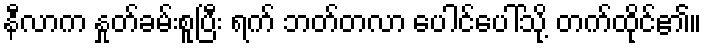
နီလာက နှုတ်ခမ်းစူပြီး ရက် ဘတ်တလာ ပေါင်ပေါ်သို့ တက်ထိုင်၏။